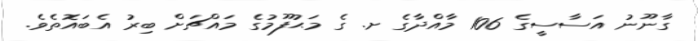
ގާނޫނު އަސާސީގެ 106 މާއްދާގެ ށ. ގެ މަޙުފޫމުގެ މައްޗަށް ބިރު އެބައޮތެވެ.